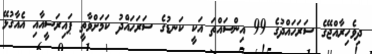
ދިވެހިރާއްޖޭގެ ސަރަހައްދުގެ 99 އިންސައްތަ އަކީ ކަނޑުގެ ސަރަހައްދު ކަމަށްވާތީ ޕައިރަސީއާއި އެއާގުޅޭ